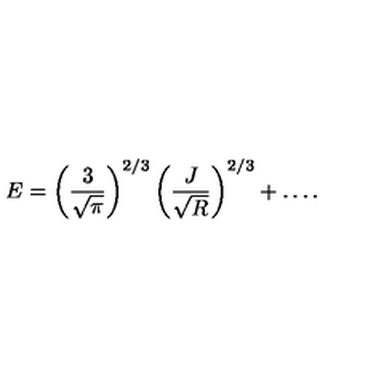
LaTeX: E = \left( \frac { 3 } { \sqrt { \pi } } \right) ^ { 2 / 3 } \left( \frac { J } { \sqrt { R } } \right) ^ { 2 / 3 } + \ldots .